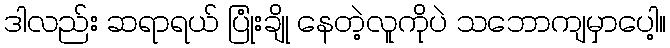
ဒါလည်း ဆရာရယ် ပြုံးချို နေတဲ့လူကိုပဲ သဘောကျမှာပေါ့။